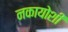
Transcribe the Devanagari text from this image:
नकायोशी